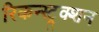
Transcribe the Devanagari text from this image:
रिकन्स्ट्रक्शन